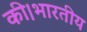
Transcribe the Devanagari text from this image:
की।भारतीय